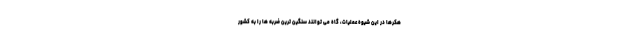
هکرها در این شیوه عملیات، گاه می توانند سنگین ترین ضربه ها را به کشور